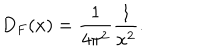
LaTeX: D _ { F } ( x ) = \frac { 1 } { 4 \pi ^ { 2 } } \frac { 1 } { x ^ { 2 } } .